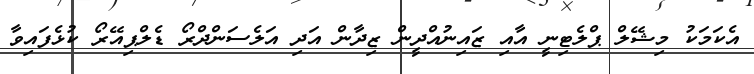
އެކަމަކު މިޝޭލް ޕްލެޓިނީ އާއި ޒައިނުއްދީން ޒިދާން އަދި އަލެސަންދްރޯ ޑެލްޕިއޭރޯ ކުޅެފައިވާ